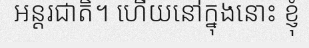
អន្តរជាតិ។ ហើយនៅក្នុងនោះ ខ្ញុំ